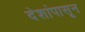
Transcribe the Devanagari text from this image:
देशांपासून